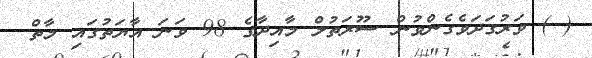
( ) ވަރުގަދަވެގެންވުން ސޫރަތުލް މާއިދާގެ 98 ވަނަ އާޔަތުގައި މާތް